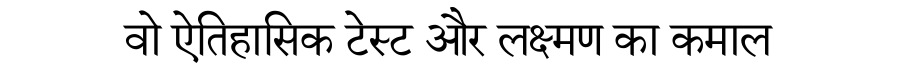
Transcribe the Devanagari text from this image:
वो ऐतिहासिक टेस्ट और लक्ष्मण का कमाल